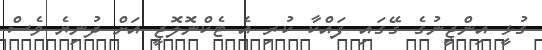
ގުޅީ އިންޖީނުގެ ގޭގައި ފައްކާ ކުރި އެ ޓެކްނޮލޮޖީ އަށް ދުނިޔެ ވެސް